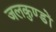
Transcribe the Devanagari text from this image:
जलकुण्डों